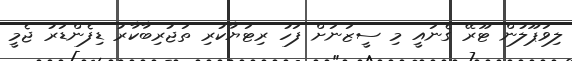
ލިވަޕޫލުން ޓޫރޭ ގެނައީ މި ސީޒަނަށް ފަހު ރިޓަޔާކުރި ތަޖުރިބާކާރު ޑިފެންޑަރު ޖެމީ